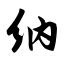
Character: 纳